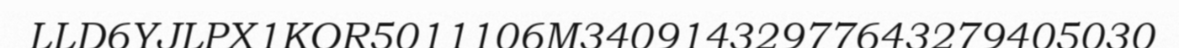
LLD6YJLPX1KOR5011106M34091432977643279405030